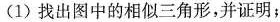
(1)找出图中的相似三角形，并证明；